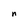
Character: n